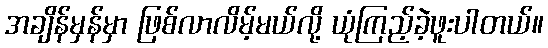
အချိန်မှန်မှာ ဖြစ်လာလိမ့်မယ်လို့ ယုံကြည့်ခဲ့ဖူးပါတယ်။